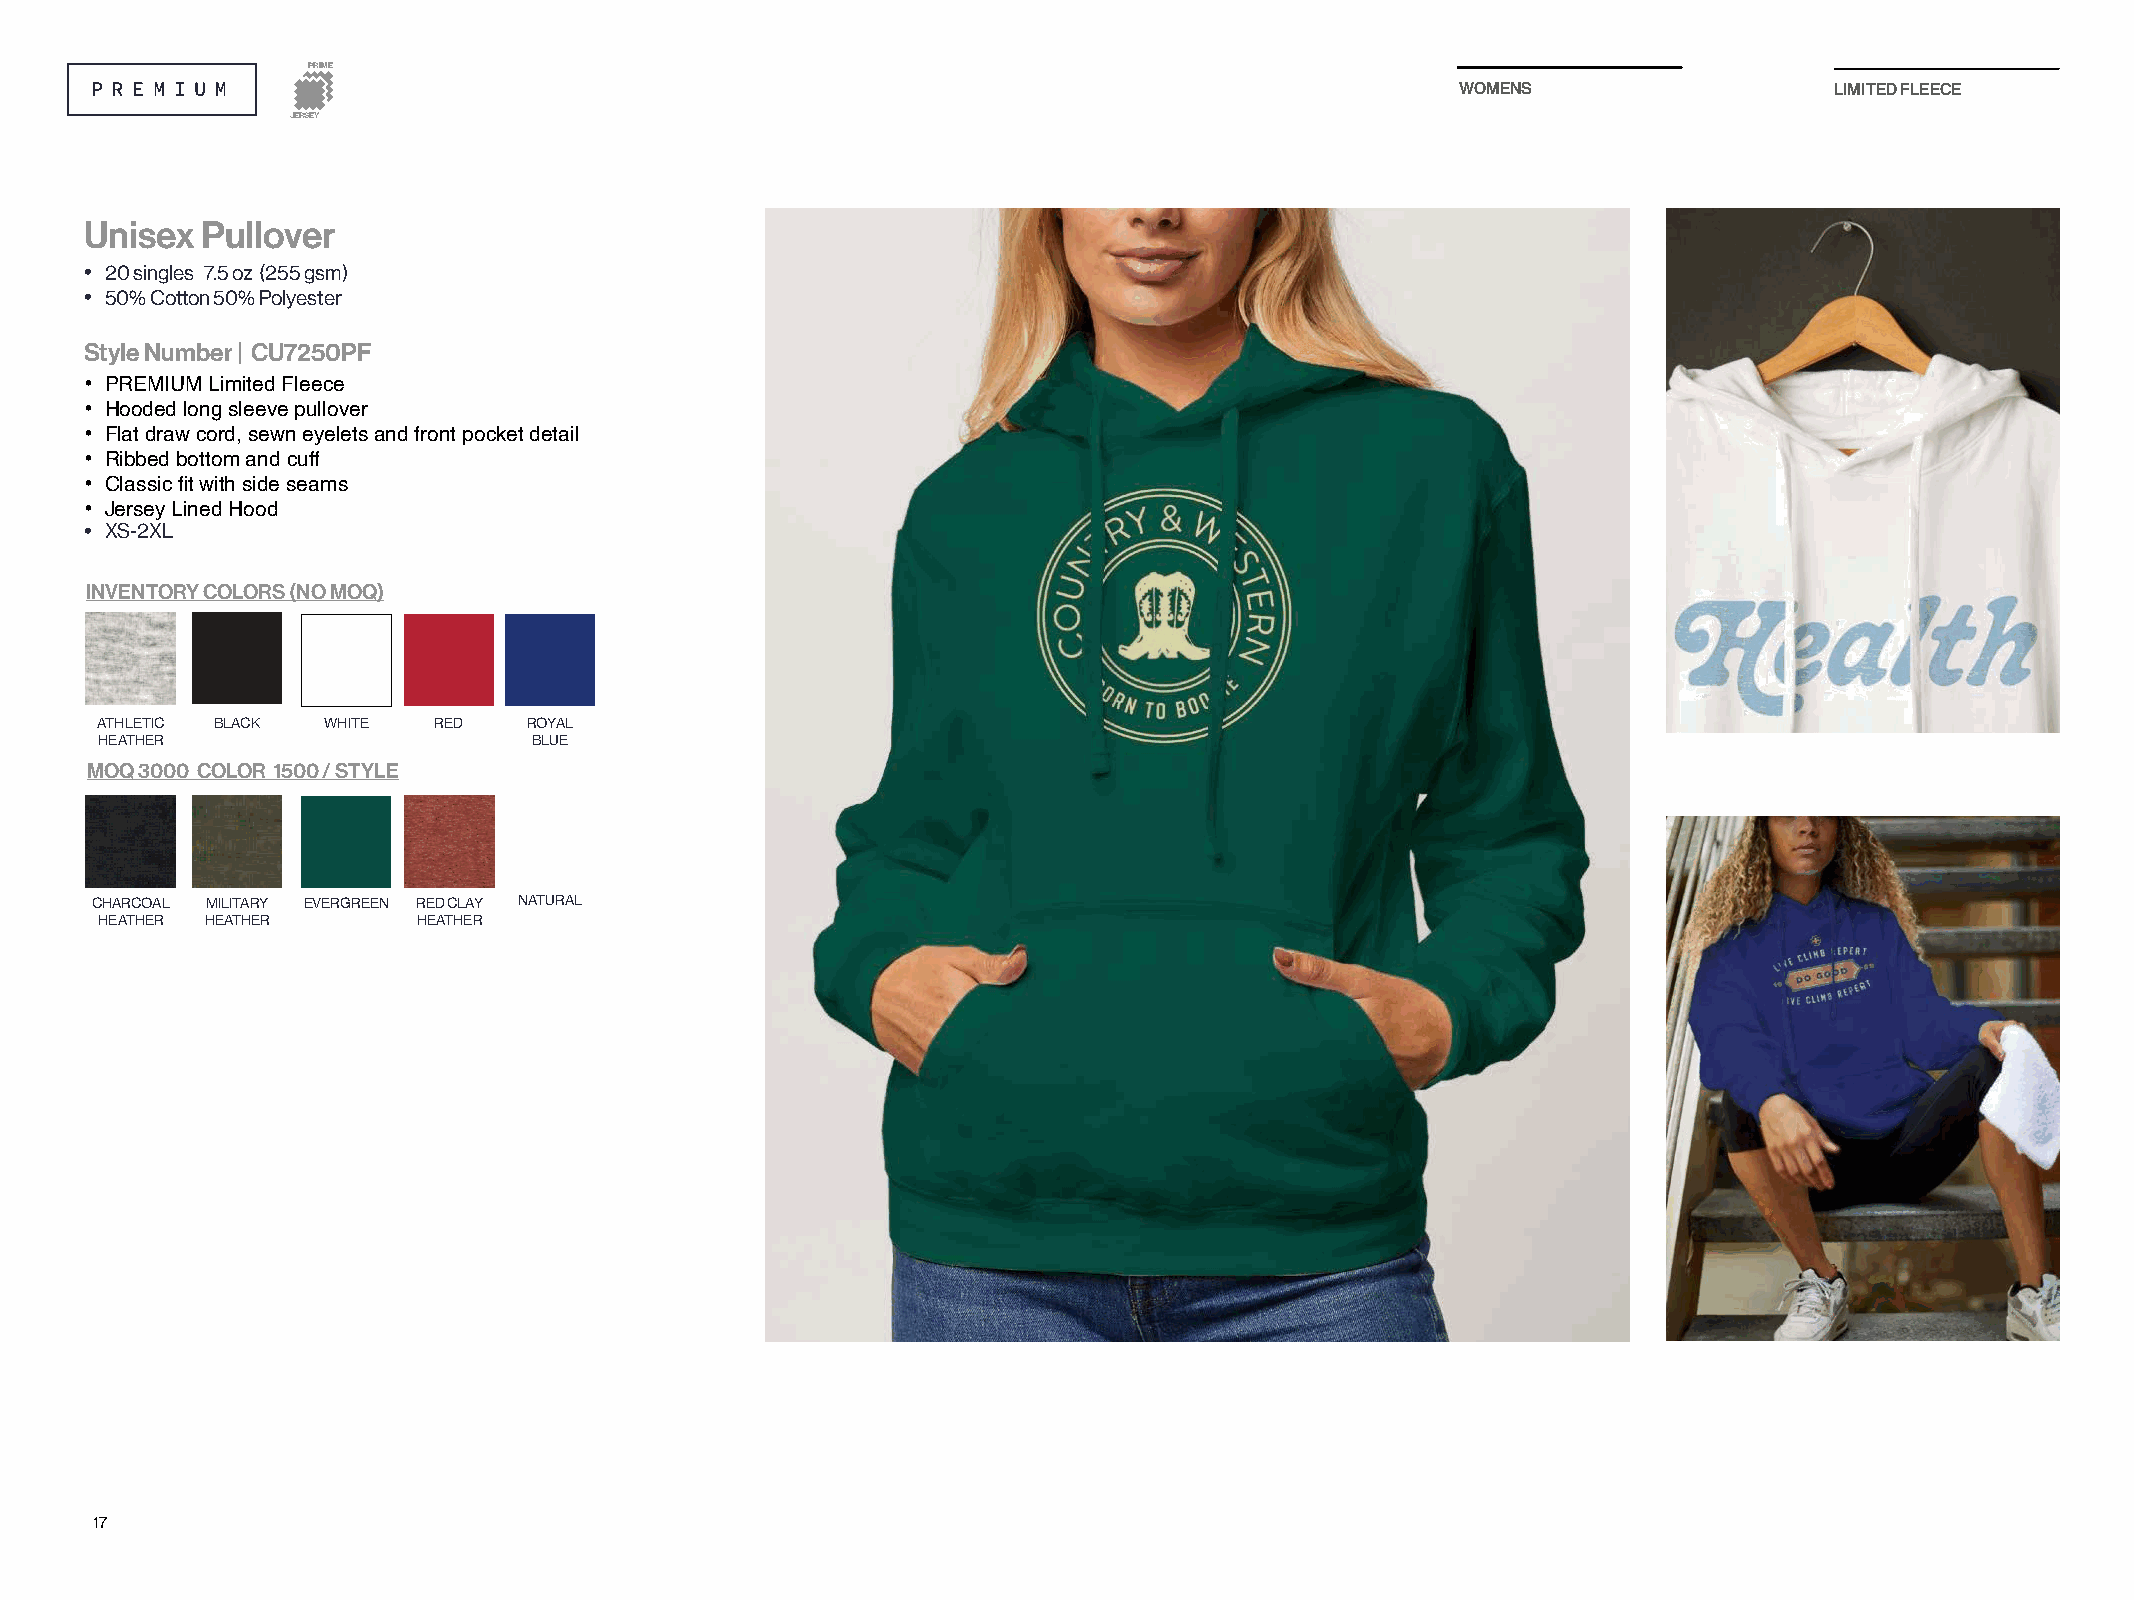
PRIME
 WOMENS                  LIMITED FLEECE
 JERSEY
 Unisex Pullover
 • 20 singles 7.5 oz (255 gsm)
 • 50% Cotton 50% Polyester
 Style Number | CU7250PF
 • PREMIUM Limited Fleece
 • Hooded long sleeve pullover
 • Flat draw cord, sewn eyelets and front pocket detail
 • Ribbed bottom and cuff
 • Classic fit with side seams
 • Jersey Lined Hood
 • XS-2XL
 INVENTORY COLORS (NO MOQ)
 ATHLETIC BLACK WHITE   RED   ROYAL
 HEATHER                     BLUE
 MOQ 3000 COLOR 1500 / STYLE
 CHARCOAL MILITARY EVERGREEN RED CLAY NATURAL
 HEATHER HEATHER      HEATHER
 17